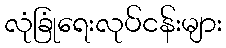
လုံခြုံရေးလုပ်ငန်းများ